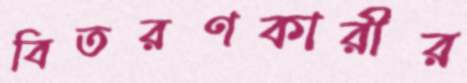
বিতরণকারীর